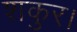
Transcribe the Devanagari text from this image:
शकुर।